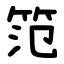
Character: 笵